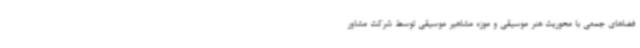
فضاهای جمعی با محوریت هنر موسیقی و موزه مشاهیر موسیقی توسط شرکت مشاور